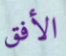
الأفق